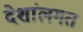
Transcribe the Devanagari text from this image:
देशांलगत